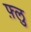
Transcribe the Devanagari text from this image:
फ़्लु